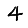
Digit: 4